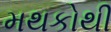
મથકોથી